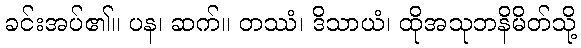
ခင်းအပ်၏။ ပန၊ ဆက်။ တဿံ၊ ဒိသာယံ၊ ထိုအသုဘနိမိတ်သို့